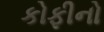
કોફીનો